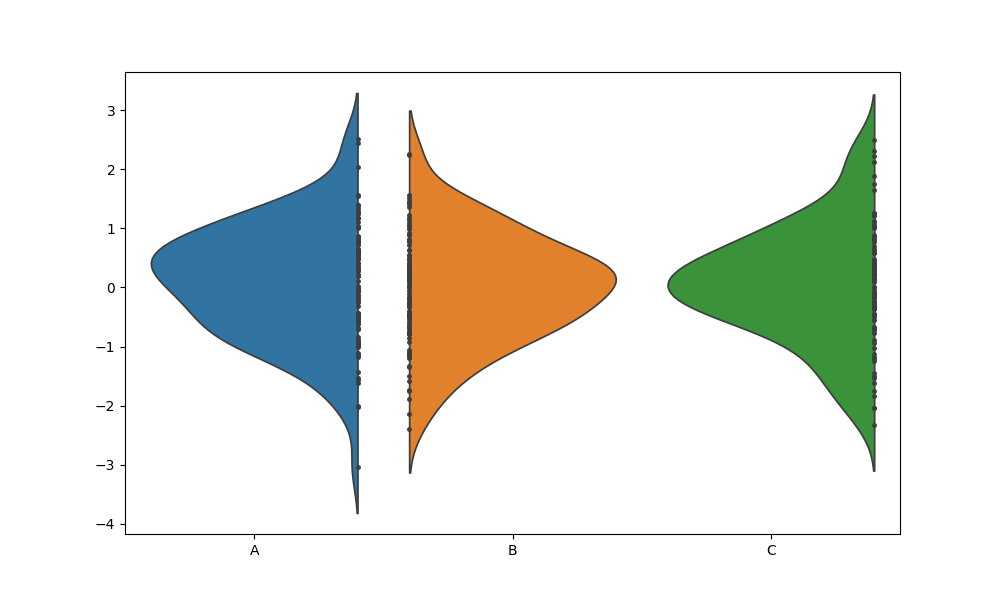
python, seaborn, violinplot, scale='area', split='True', inner='point', fill='True'